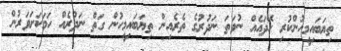
ތިޔަބައިމީހުންކުރި ހޭދައެއް ނުވަތަ ނަދުރުގެ ތެރެއިން ތިޔަބައިމީހުން ގަތް ނަދުރެއް ހަމަކަށަވަރުން